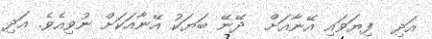
އަދި  ފިޔަވައި އޭނާއަށް  ދޭނޭ ބަޔަކު އޭނާއަކަށް ނުވިއެވެ. އަދި